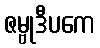
ဇမ္ဗုဒီပကေ